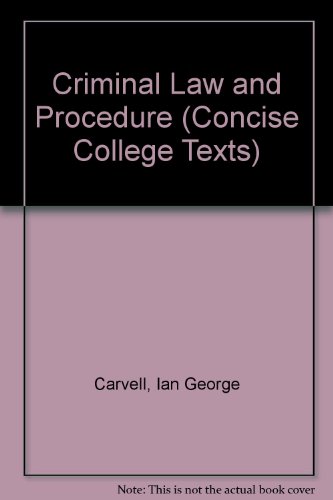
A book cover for Criminal Law and Procedure (Concise College Texts); Ian George Carvell; Law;